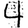
Digit: 4